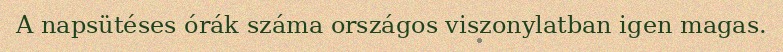
A napsütéses órák száma országos viszonylatban igen magas.